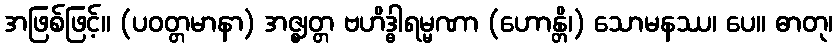
အဖြစ်ဖြင့်။ (ပဝတ္တမာနာ) အဇ္ဈတ္တ ဗဟိဒ္ဓါရမ္မဏာ (ဟောန္တိ၊) သောမနဿ၊ ပေ။ ဓာတု၊